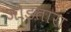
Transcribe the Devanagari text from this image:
जोडतारा